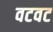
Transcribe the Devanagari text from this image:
वटवट